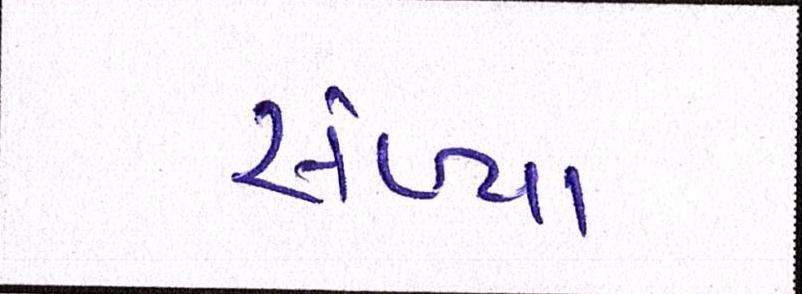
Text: સંખ્યાં